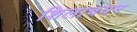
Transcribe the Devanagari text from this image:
शिलाचयन